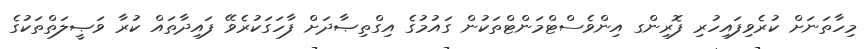
މިހާތަނަށް ކުރެވިފައިހުރި ފޮރިންގ އިންވެސްޓްމަންޓްތަކުން ގައުމުގެ އިގްތިޞާދަށް ފާހަގަކުރެވޭ ފައިދާތައް ކުރާ ވަޞީލަތްތަކުގެ